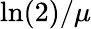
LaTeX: \ln(2)/\mu